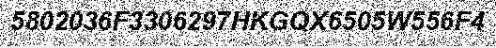
5802036F3306297HKGQX6505W556F4